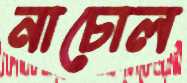
নাচোল